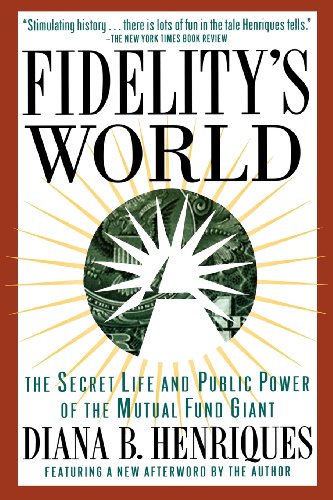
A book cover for Fidelity's World: The Secret Life and Public Power of the Mutual Fund Giant; Diana B. Henriques; Business & Money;